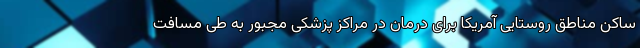
ساکن مناطق روستایی آمریکا برای درمان در مراکز پزشکی مجبور به طی مسافت